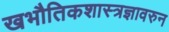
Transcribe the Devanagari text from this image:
खभौतिकशास्त्रज्ञावरुन